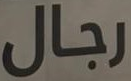
رجال